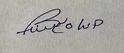
Signature authenticity: forged